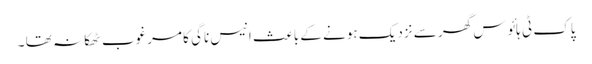
پاک ٹی ہائوس گھر سے نزدیک ہونے کے باعث انیس ناگی کا مرغوب ٹھکانہ تھا ۔